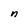
Character: n